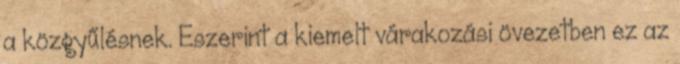
a közgyűlésnek. Eszerint a kiemelt várakozási övezetben ez az